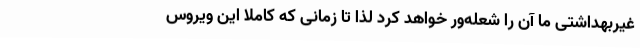
غیربهداشتی ما آن را شعله‌ور خواهد کرد لذا تا زمانی که کاملا این ویروس